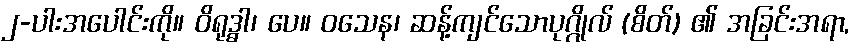
၂-ပါးအပေါင်းကို။ ဝိရုဒ္ဓါ၊ ပေ။ ဝသေန၊ ဆန့်ကျင်သောပုဂ္ဂိုလ် (စိတ်) ၏ အခြင်းအရာ,